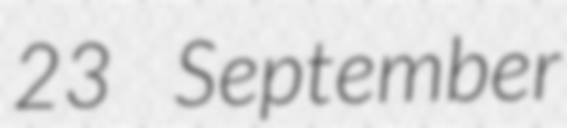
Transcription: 23 September